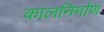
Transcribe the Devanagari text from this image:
कालनिर्माण